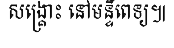
សង្គ្រោះ នៅមន្ទីពេទ្យ៕